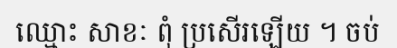
ឈ្មោះ សាខៈ ពុំ ប្រសើរឡើយ ។ ចប់